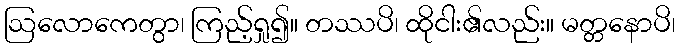
ဩလောကေတွာ၊ ကြည့်ရှု၍။ တဿပိ၊ ထိုငါး၏လည်း။ မတ္တနောပိ၊